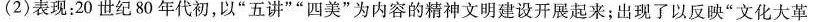
(2)表现：20世纪80年代初，以”五讲””四美”为内容的精神文明建设开展起来；出现了以反映”文化大革